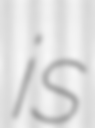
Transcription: is